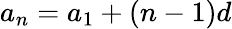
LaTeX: a_{n}=a_{1}+(n-1)d